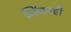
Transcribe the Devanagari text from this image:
शिंकाही